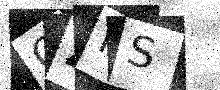
Text: QZIS